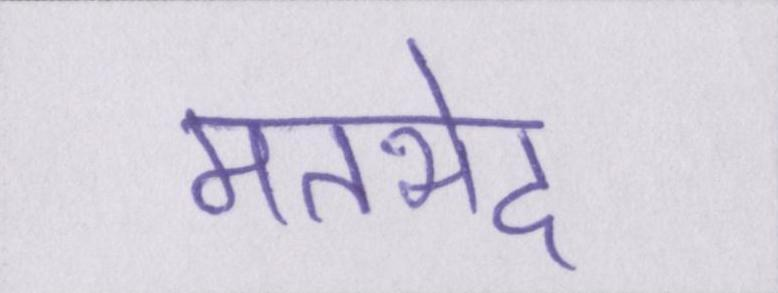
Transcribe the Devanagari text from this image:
मतभेद